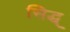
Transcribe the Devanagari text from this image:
सिद्ध्